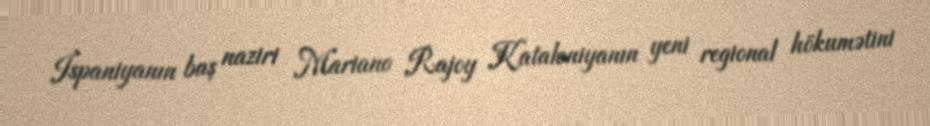
İspaniyanın baş naziri Mariano Rajoy Kataloniyanın yeni regional hökumətini